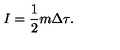
I = { \frac { 1 } { 2 } } m \Delta \tau .